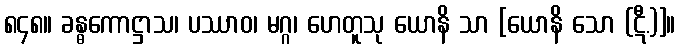
၈၄၈။ ခန္ဓကောဋ္ဌာသ၊ ပဿာဝ၊ မဂ္ဂ၊ ဟေတူသု ယောနိ သာ [ယောနိ သော (ဋီ.)]။